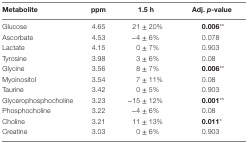
<table><thead><tr><td><b>Metabolite</b></td><td><b>ppm</b></td><td><b>1.5 h</b></td><td><b>Adj. <i>p</i>-value</b></td></tr></thead><tbody><tr><td>Glucose</td><td>4.65</td><td>21 ± 20%</td><td><b>0.006</b>**</td></tr><tr><td>Ascorbate</td><td>4.53</td><td>−4 ± 6%</td><td>0.078</td></tr><tr><td>Lactate</td><td>4.15</td><td>0 ± 7%</td><td>0.903</td></tr><tr><td>Tyrosine</td><td>3.98</td><td>3 ± 6%</td><td>0.08</td></tr><tr><td>Glycine</td><td>3.56</td><td>8 ± 7%</td><td><b>0.006</b>**</td></tr><tr><td>Myoinositol</td><td>3.54</td><td>7 ± 11%</td><td>0.08</td></tr><tr><td>Taurine</td><td>3.42</td><td>0 ± 5%</td><td>0.903</td></tr><tr><td>Glycerophosphocholine</td><td>3.23</td><td>−15 ± 12%</td><td><b>0.001</b>**</td></tr><tr><td>Phosphocholine</td><td>3.22</td><td>−4 ± 6%</td><td>0.08</td></tr><tr><td>Choline</td><td>3.21</td><td>11 ± 13%</td><td><b>0.011</b>*</td></tr><tr><td>Creatine</td><td>3.03</td><td>0 ± 6%</td><td>0.903</td></tr></tbody></table>